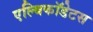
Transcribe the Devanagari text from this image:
एल्बिकॉडेटस